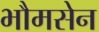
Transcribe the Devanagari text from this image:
भौमसेन